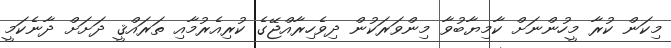
މިކަން ކުރާ މީހުންނަށް ކާމިޔާބުވާ މިންވަރަކުން ދިވެހިރާއްޖޭގެ ކުރިއެރުމާއި ތަރައްޤީ ދަށަށް ދާނެކަމީ